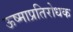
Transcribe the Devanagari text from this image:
ऊष्माप्रतिरोधक